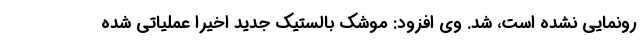
رونمایی نشده است، شد. وی افزود: موشک بالستیک جدید اخیرا عملیاتی شده